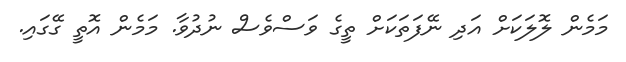
މަމެން ލޮލަކަށް އަދި ނޭފަތަކަށް ތީގެ ވަސްވެސް ނުދުވާ. މަމެން އޮތީ ގޭގައި.